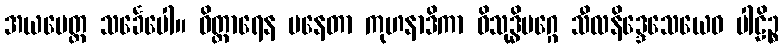
အယမေတ္ထ သင်္ခေပေါ။ ဝိတ္ထာရေန ပနေတာ ကုဟနာဒိကာ ဝိသုဒ္ဓိမဂ္ဂေ သီလနိဒ္ဒေသေယေဝ ပါဠိဉ္စ